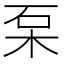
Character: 䂞